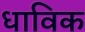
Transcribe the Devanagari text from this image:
धाविक